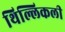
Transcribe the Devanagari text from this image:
थिल्लिकली